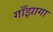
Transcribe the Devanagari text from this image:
गाँझागा